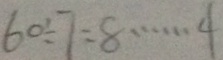
6 0 \div 7 = 8 \cdots 4